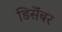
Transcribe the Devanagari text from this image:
डिसॆंबर